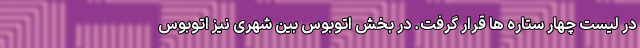
در لیست چهار ستاره ها قرار گرفت. در بخش اتوبوس بین شهری نیز اتوبوس